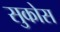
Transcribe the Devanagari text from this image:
सुकोस